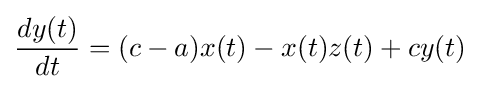
{\frac {dy(t)}{dt}}=(c-a)x(t)-x(t)z(t)+cy(t)